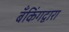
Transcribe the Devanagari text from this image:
बँकिंगद्वारा